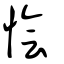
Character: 懀